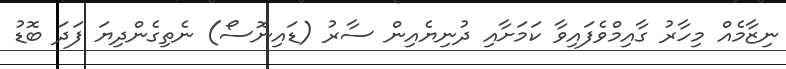
ނިޒާމެއްް މިހާރު ގާއިމްވެފައިވާ ކަމަށާއި ދުނިޔެއިން ސާރު (ޑައިނޮސޯ) ނެތިގެންދިޔަ ފަދަ ބޮޑު